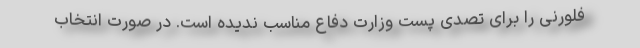
فلورنی را برای تصدی پست وزارت دفاع مناسب ندیده است. در صورت انتخاب